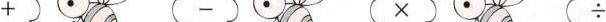
+ - × ÷